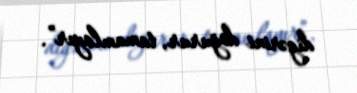
digərini doğurur, tamamlayır”.